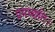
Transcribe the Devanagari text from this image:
प्रयच्छति।